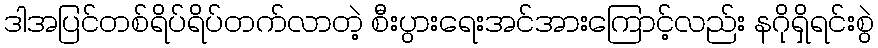
ဒါအပြင်တစ်ရိပ်ရိပ်တက်လာတဲ့ စီးပွားရေးအင်အားကြောင့်လည်း နဂိုရှိရင်းစွဲ